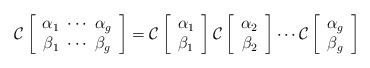
\begin{align*}{\cal C} \left[ \begin{array}{c} {\alpha}_1\ \cdots\ \alpha_g \\ {\beta}_1\ \cdots\ \beta_g \end{array}\right]={\cal C} \left[ \begin{array}{c} {\alpha}_1 \\ {\beta}_1 \end{array}\right]{\cal C} \left[ \begin{array}{c} {\alpha}_2 \\ {\beta}_2 \end{array}\right] \cdots {\cal C} \left[ \begin{array}{c} {\alpha}_g \\ {\beta}_g \end{array}\right]\end{align*}